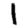
Digit: 1